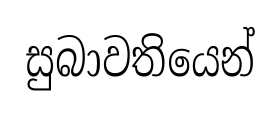
සුබාවතියෙන්